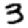
Digit: 3